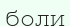
боли